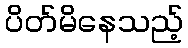
ပိတ်မိနေသည့်